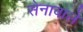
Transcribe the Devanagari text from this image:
सेनावाले